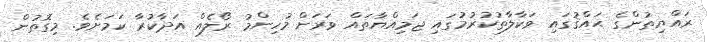
ރައްޔިތުންގެ ޙައްޤުގައި ވަކާލާތުކުރުމުގައި ޖަމިއްޔާތައް ވަރަށް މުހިންމު ރޯލެއް އަދާކުރާ ކަމަށެވެ. މިގޮތުން